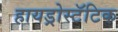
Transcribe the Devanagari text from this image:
हायड्रोस्टॅटिक